system: You are a helpful assistant.
user:
Analyze the provided spectrum to determine if it is a **S-type Star**.

- **Key Indicators for S-type Star:**

    - **(Overall Spectrum Shape):** The first and most obvious characteristic is the overall continuum (the "baseline" shape). It is **extremely "red-sloping,"** meaning the flux (light intensity) is very low on the left side (blue, ~4000-4500 Å) and rises steeply and continuously toward the right side (red, ~7000 Å+).

    - **(Primary):** The spectrum is defined by the presence of strong, broad molecular absorption "valleys" (bands) from **Zirconium Oxide (ZrO)**. The identification of these bands is the **primary requirement** for classifying a star as S-type.
        - **(Key Bandheads):** You must find distinct, deep "dips" where the light has been absorbed. The most critical band systems to locate are:
            - **~6474 Å** ($\gamma$-system): This is often the strongest and clearest ZrO feature, found in the red part of the spectrum.
            - **~5718 Å** & **~5551 Å** ($\beta$-system): A pair of prominent absorption features in the yellow-orange part of the spectrum.
            - **~4640 Å** ($\alpha$-system): A key absorption band system in the blue-green region of the spectrum.

    - **(Secondary Confirmation):** The classification is strengthened by finding additional absorption bands from other related heavy element oxides, which are expected to be present alongside ZrO.
        - **(Key Bandheads):**
            - **Yttrium Oxide (YO):** Look for absorption dips near **~4800 Å** and **~6100 Å**.
            - **Lanthanum Oxide (LaO):** Additional absorption features, particularly in the red-orange part of the spectrum, are also characteristic.

    - **(Line Profile):** The combination of the steep red continuum and these numerous, deep molecular bands (ZrO, YO, etc.) gives the entire spectrum a very **"chopped-up"** or **"bumpy"** appearance. Instead of a smooth curve, the spectrum looks as though large, wide chunks of light have been "carved out" of it at the specific wavelengths listed above.

Think first, call **spectral_visualization_tool** if needed to examine features in detail, then provide your final answer. Your response must adhere to the following strict rules:
1.  **Overall Structure:** Your response must follow the format `<think>...</think> <tool_call>...</tool_call> (if a tool is used) <answer>...</answer>`.
2.  **Tool Usage Constraint:** You may only make **one** tool call per turn.
3.  **Final Answer Format:** In the `<answer>` tag, your conclusion must be inside a `\boxed{}` command (e.g., `\boxed{YES}` or `\boxed{NO}`), followed by your justification.

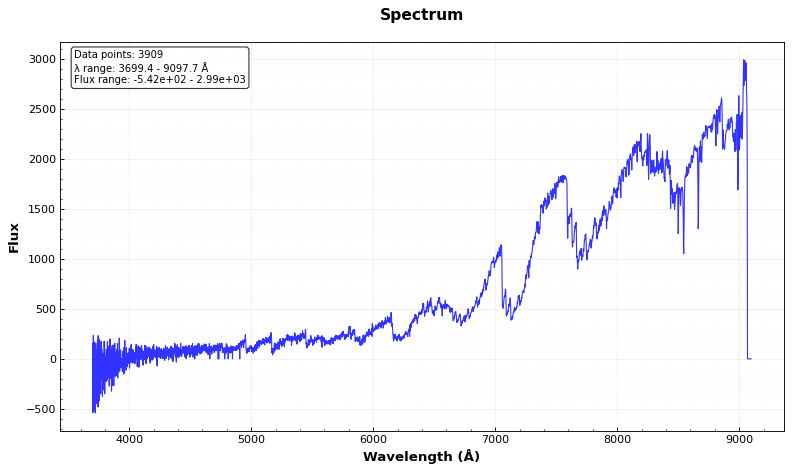
Answer: YES